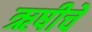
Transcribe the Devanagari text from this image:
ऋषीचें